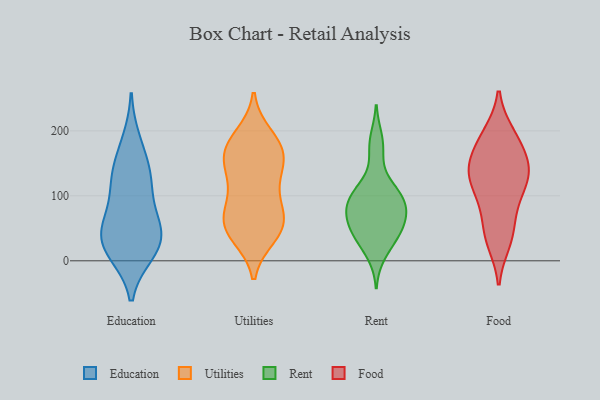
{"axis": {"x": "Humidity (%)", "y": "Value"}, "legend": ["Education", "Food", "Rent", "Utilities"], "data": [{"x": "", "y": 12, "type": "Education"}, {"x": "", "y": 45, "type": "Education"}, {"x": "", "y": 48, "type": "Education"}, {"x": "", "y": 131, "type": "Education"}, {"x": "", "y": 185, "type": "Education"}, {"x": "", "y": 56, "type": "Education"}, {"x": "", "y": 153, "type": "Education"}, {"x": "", "y": 120, "type": "Education"}, {"x": "", "y": 31, "type": "Education"}, {"x": "", "y": 73, "type": "Education"}, {"x": "", "y": 15, "type": "Education"}, {"x": "", "y": 18, "type": "Education"}, {"x": "", "y": 116, "type": "Education"}, {"x": "", "y": 155, "type": "Utilities"}, {"x": "", "y": 150, "type": "Utilities"}, {"x": "", "y": 177, "type": "Utilities"}, {"x": "", "y": 43, "type": "Utilities"}, {"x": "", "y": 175, "type": "Utilities"}, {"x": "", "y": 124, "type": "Utilities"}, {"x": "", "y": 44, "type": "Utilities"}, {"x": "", "y": 38, "type": "Utilities"}, {"x": "", "y": 178, "type": "Utilities"}, {"x": "", "y": 93, "type": "Utilities"}, {"x": "", "y": 63, "type": "Utilities"}, {"x": "", "y": 120, "type": "Utilities"}, {"x": "", "y": 76, "type": "Utilities"}, {"x": "", "y": 61, "type": "Utilities"}, {"x": "", "y": 61, "type": "Utilities"}, {"x": "", "y": 192, "type": "Utilities"}, {"x": "", "y": 155, "type": "Utilities"}, {"x": "", "y": 74, "type": "Rent"}, {"x": "", "y": 61, "type": "Rent"}, {"x": "", "y": 92, "type": "Rent"}, {"x": "", "y": 81, "type": "Rent"}, {"x": "", "y": 101, "type": "Rent"}, {"x": "", "y": 44, "type": "Rent"}, {"x": "", "y": 35, "type": "Rent"}, {"x": "", "y": 72, "type": "Rent"}, {"x": "", "y": 110, "type": "Rent"}, {"x": "", "y": 36, "type": "Rent"}, {"x": "", "y": 10, "type": "Rent"}, {"x": "", "y": 51, "type": "Rent"}, {"x": "", "y": 169, "type": "Rent"}, {"x": "", "y": 114, "type": "Rent"}, {"x": "", "y": 187, "type": "Rent"}, {"x": "", "y": 90, "type": "Rent"}, {"x": "", "y": 142, "type": "Food"}, {"x": "", "y": 74, "type": "Food"}, {"x": "", "y": 162, "type": "Food"}, {"x": "", "y": 145, "type": "Food"}, {"x": "", "y": 29, "type": "Food"}, {"x": "", "y": 122, "type": "Food"}, {"x": "", "y": 34, "type": "Food"}, {"x": "", "y": 112, "type": "Food"}, {"x": "", "y": 193, "type": "Food"}, {"x": "", "y": 140, "type": "Food"}, {"x": "", "y": 186, "type": "Food"}, {"x": "", "y": 148, "type": "Food"}, {"x": "", "y": 91, "type": "Food"}, {"x": "", "y": 195, "type": "Food"}, {"x": "", "y": 46, "type": "Food"}, {"x": "", "y": 119, "type": "Food"}]}